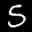
Label: 5